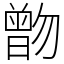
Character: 朆